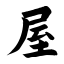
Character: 屋